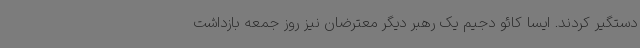
دستگیر کردند. ایسا کائو دجیم یک رهبر دیگر معترضان نیز روز جمعه بازداشت